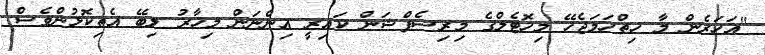
"އަހަރެން މާ ހިތްހަމަޖެހޭ މިހޮޓެލްގެ މިރިސެޕްޝަން ކައިރީ އިންނަން މިހާރު ލިބޭ އެތިކޮޅުންވެސް